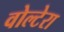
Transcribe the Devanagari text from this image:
वोल्टेरा